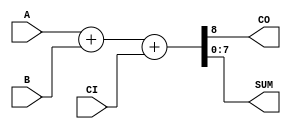
`timescale 1ns / 1ps

module unsigned_adder_CarryIn_CarryOut(
    input [7:0] A,
    input [7:0] B,
    input CI,
    output CO,
    output [7:0] SUM
    );
	 
	 wire [8:0] temp;
	 
	 assign temp = A + B + CI;
	 assign SUM = temp[7:0];
	 assign CO = temp[8];

endmodule